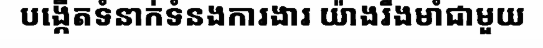
បង្កើតទំនាក់ទំនងការងារ យ៉ាងរឹងមាំជាមួយ